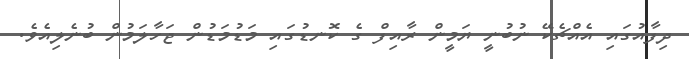
ދިފާއުގައި އެއްޗެކޭ ނުބުނީ ޔަމީން ރާއިފް ގެ ކޮނޑުގައި މަޑުމަޑުން ޖަހާލަމުން ބުނެލިއެވެ.